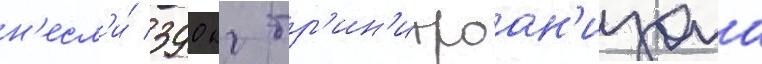
н'есл'и́ 390 кг тр'ин'итроан'изола